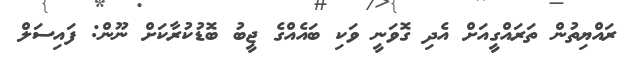
ރައްޔިތުން ތަރައްގީއަށް އެދި ގޮވަނީ ވަކި ބައެއްގެ ޖީބު ބޮޑުކުރާކަށް ނޫން: ފައިސަލް